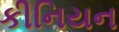
કીનિયન